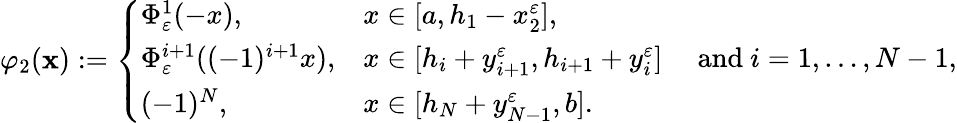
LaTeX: \varphi_{2}(\mathbf{x}):=\left\{ \begin{array}{ll}{\Phi_{\varepsilon}^{1}(-x),\qquad}&{x\in[a,h_{1}-x_{2}^{\varepsilon}],}\\ {\Phi_{\varepsilon}^{i+1}((-1)^{i+1}x),}&{x\in[h_{i}+y_{i+1}^{\varepsilon},h_{i+1}+y_{i}^{\varepsilon}]\quad\mathrm{~and~}i=1,\dots,N-1,}\\ {(-1)^{N},}&{x\in[h_{N}+y_{N-1}^{\varepsilon},b].}\end{array}\right.